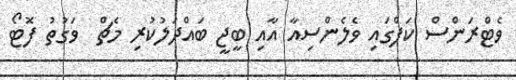
ވެޓްރަންސް ކަޕްގައި ވެލެންސިއާ އާއި ބީޖީ ބައްދަލުކުރި މެޗް  ވަގުތު ފޮޓޯ